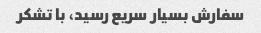
سفارش بسیار سریع رسید، با تشکر